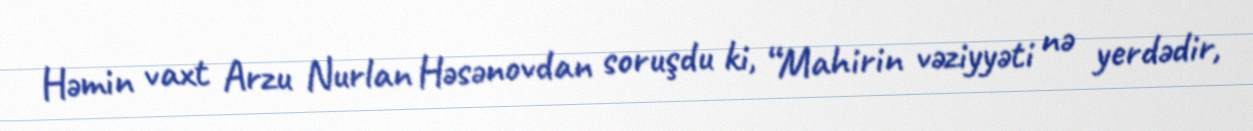
Həmin vaxt Arzu Nurlan Həsənovdan soruşdu ki, “Mahirin vəziyyəti nə yerdədir,